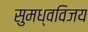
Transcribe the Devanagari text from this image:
सुमध्वविजय